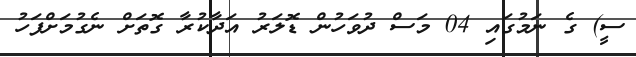
ސީ) ގެ ނަމުގައި 04 މަސް ދުވަހުން ޑޮލަރު އަދާކުރާ ގޮތަށް ނެގުމަށްފަހު